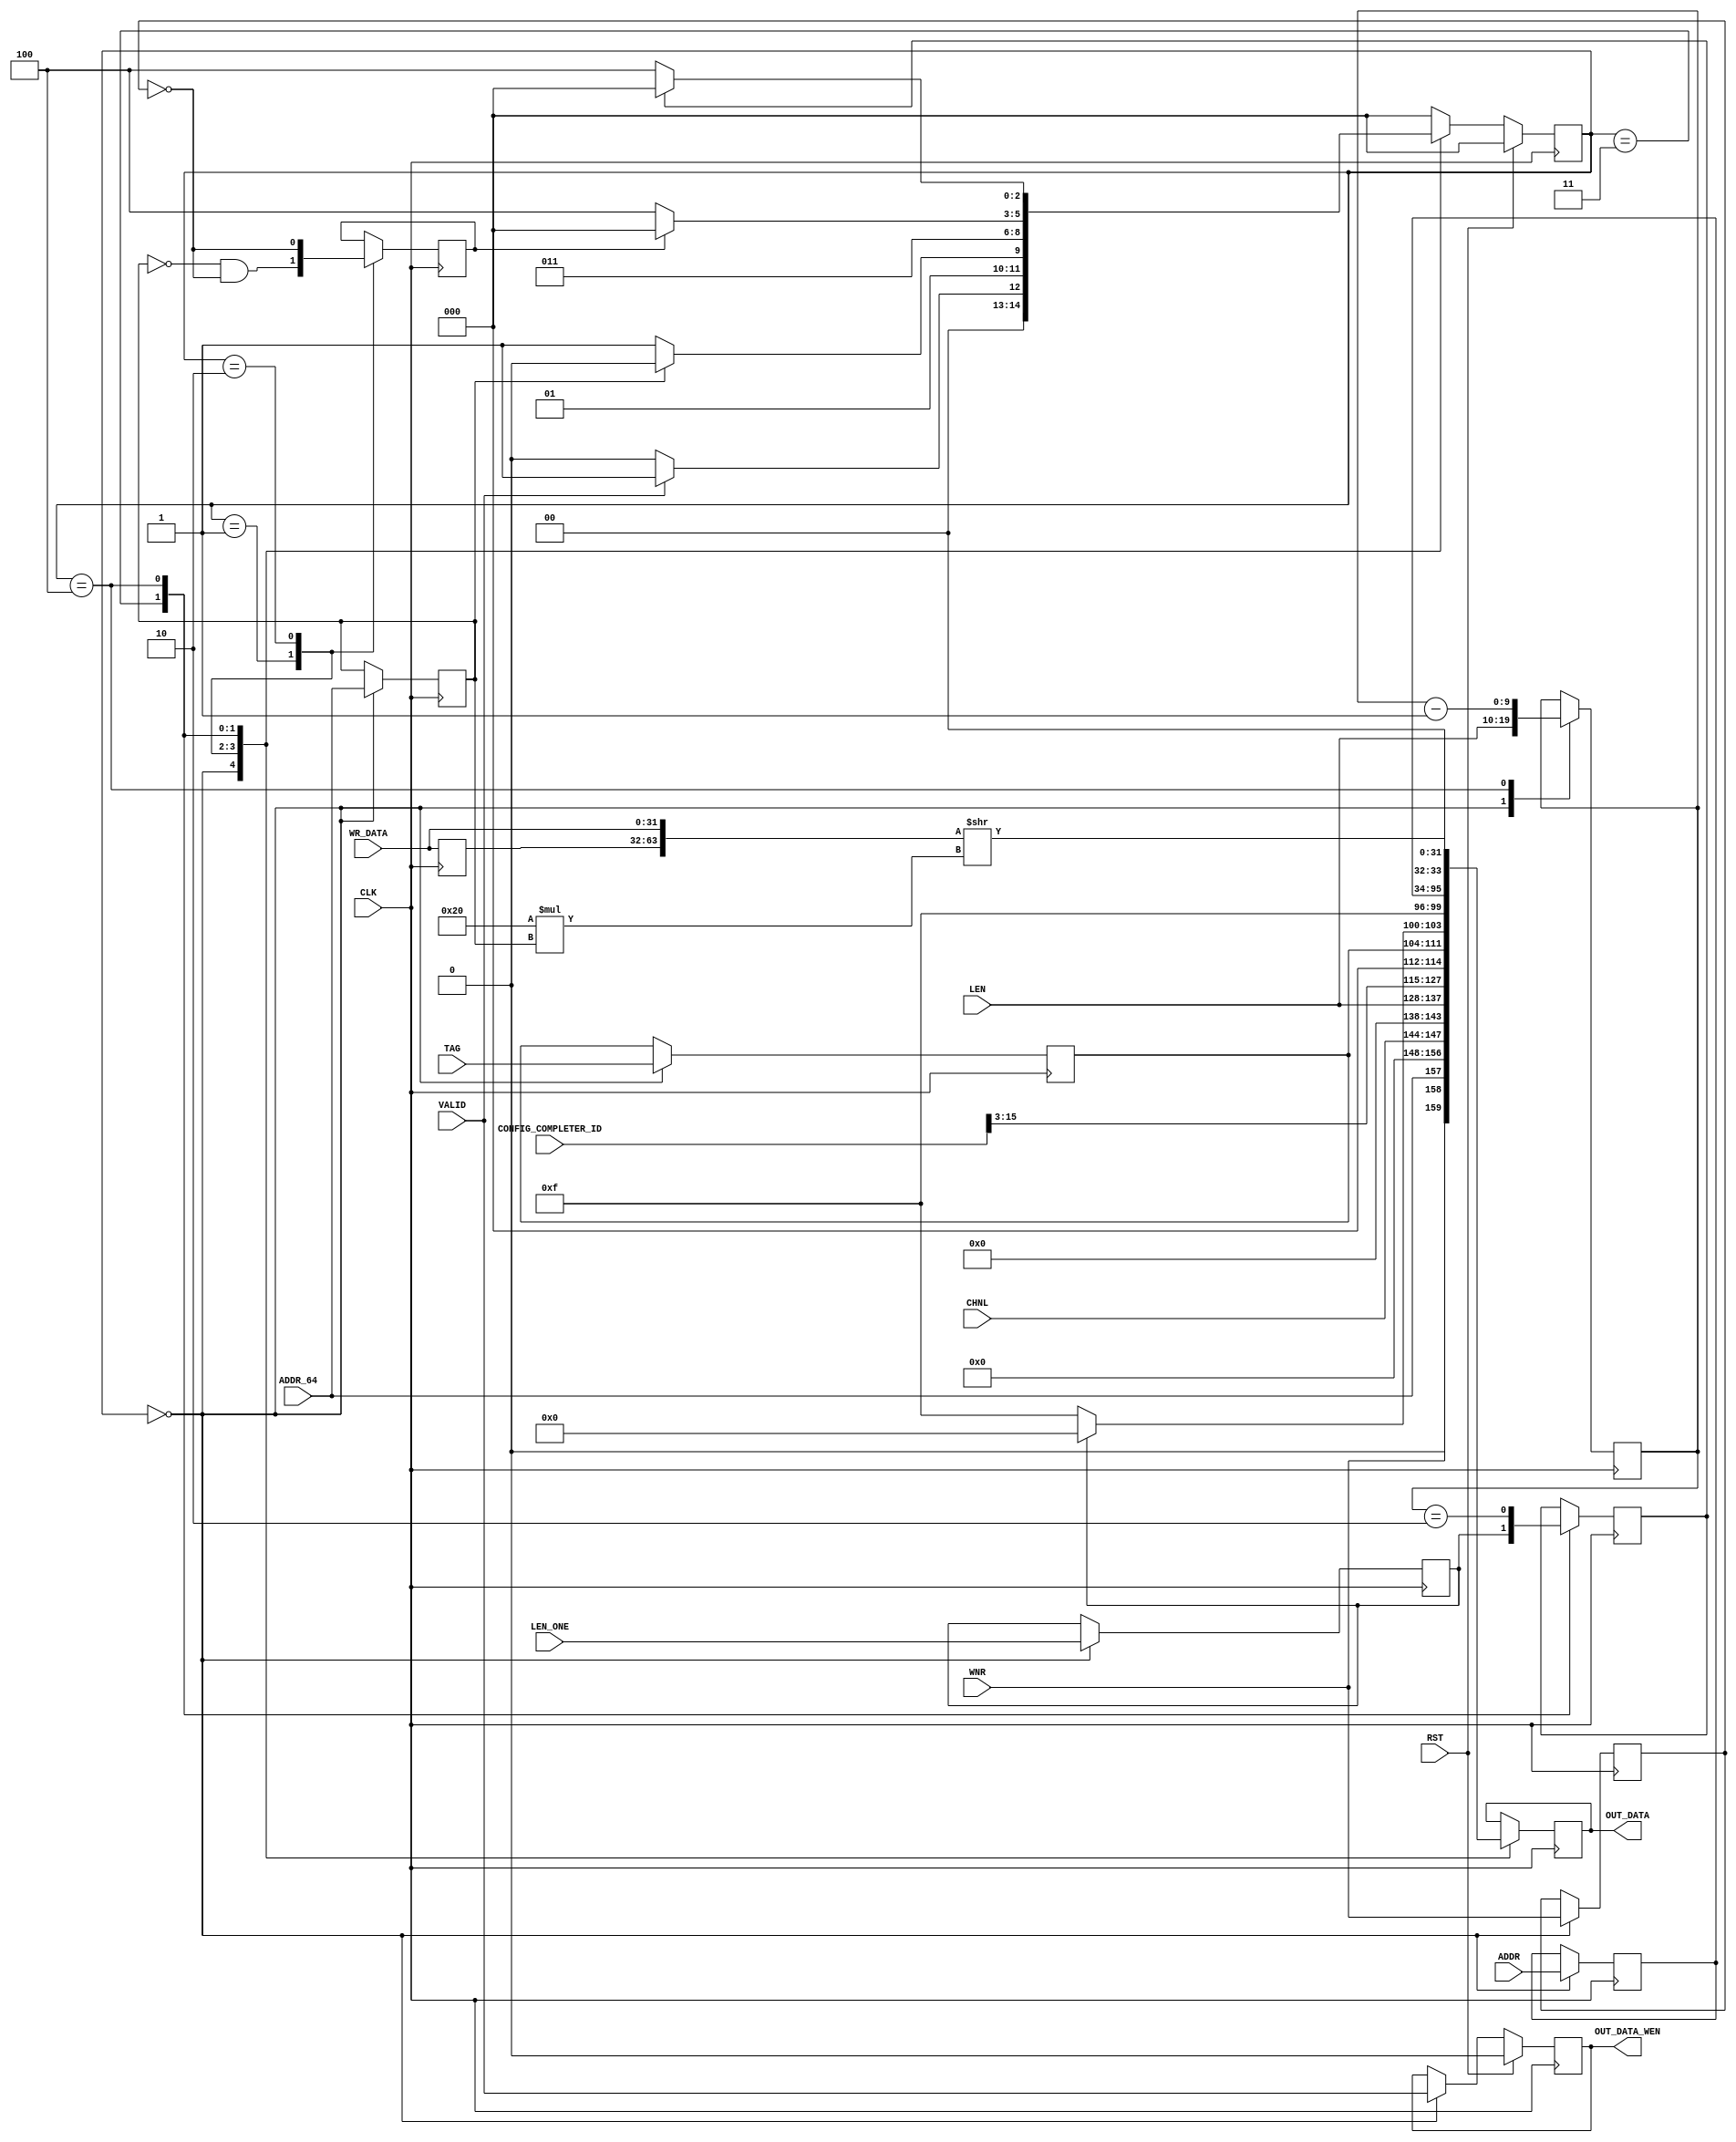
`timescale 1ns/1ns
//----------------------------------------------------------------------------
// This software is Copyright  2012 The Regents of the University of 
// California. All Rights Reserved.
//
// Permission to copy, modify, and distribute this software and its 
// documentation for educational, research and non-profit purposes, without 
// fee, and without a written agreement is hereby granted, provided that the 
// above copyright notice, this paragraph and the following three paragraphs 
// appear in all copies.
//
// Permission to make commercial use of this software may be obtained by 
// contacting:
// Technology Transfer Office
// 9500 Gilman Drive, Mail Code 0910
// University of California
// La Jolla, CA 92093-0910
// (858) 534-5815
// invent@ucsd.edu
// 
// This software program and documentation are copyrighted by The Regents of 
// the University of California. The software program and documentation are 
// supplied "as is", without any accompanying services from The Regents. The 
// Regents does not warrant that the operation of the program will be 
// uninterrupted or error-free. The end-user understands that the program was 
// developed for research purposes and is advised not to rely exclusively on 
// the program for any reason.
// 
// IN NO EVENT SHALL THE UNIVERSITY OF CALIFORNIA BE LIABLE TO
// ANY PARTY FOR DIRECT, INDIRECT, SPECIAL, INCIDENTAL, OR
// CONSEQUENTIAL DAMAGES, INCLUDING LOST PROFITS, ARISING
// OUT OF THE USE OF THIS SOFTWARE AND ITS DOCUMENTATION,
// EVEN IF THE UNIVERSITY OF CALIFORNIA HAS BEEN ADVISED OF
// THE POSSIBILITY OF SUCH DAMAGE. THE UNIVERSITY OF
// CALIFORNIA SPECIFICALLY DISCLAIMS ANY WARRANTIES,
// INCLUDING, BUT NOT LIMITED TO, THE IMPLIED WARRANTIES OF
// MERCHANTABILITY AND FITNESS FOR A PARTICULAR PURPOSE.
// THE SOFTWARE PROVIDED HEREUNDER IS ON AN "AS IS" BASIS, 
// AND THE UNIVERSITY OF CALIFORNIA HAS NO OBLIGATIONS TO
// PROVIDE MAINTENANCE, SUPPORT, UPDATES, ENHANCEMENTS, OR
// MODIFICATIONS.
//----------------------------------------------------------------------------
//----------------------------------------------------------------------------
// Version:				1.00.a
// Verilog Standard:	Verilog-2001
// Description:			Formats read and write request data into PCI packets.
// History:				@mattj: Version 2.0
// Additional Comments: Very good PCIe header reference:
// http://www.pzk-agro.com/0321156307_ch04lev1sec5.html#ch04lev4sec14
//-----------------------------------------------------------------------------
`define FMT_TXENGFMTR32_WR32	7'b10_00000
`define FMT_TXENGFMTR32_RD32	7'b00_00000
`define FMT_TXENGFMTR32_WR64	7'b11_00000
`define FMT_TXENGFMTR32_RD64	7'b01_00000

`define S_TXENGFMTR32_IDLE		3'd0
`define S_TXENGFMTR32_HDR_0		3'd1
`define S_TXENGFMTR32_HDR_1		3'd2
`define S_TXENGFMTR32_HDR_2		3'd3
`define S_TXENGFMTR32_WR		3'd4

module tx_engine_formatter_32 #(
	parameter C_PCI_DATA_WIDTH = 9'd32,
	// Local parameters
	parameter C_TRAFFIC_CLASS = 3'b0,
	parameter C_RELAXED_ORDER = 1'b0,
	parameter C_NO_SNOOP = 1'b0
)
(
	input CLK,
	input RST,
	input [15:0] CONFIG_COMPLETER_ID,

	input VALID,		 					// Are input parameters valid?
	input WNR,		 						// Is a write request, not a read?
	input [7:0] TAG,		 				// External tag
	input [3:0] CHNL,		 				// Internal tag (just channel portion)
	input [61:0] ADDR,		 				// Request address
	input ADDR_64,		 					// Request address is 64 bit
	input [9:0] LEN,		 				// Request length
	input LEN_ONE,		 					// Request length equals 1
	input [C_PCI_DATA_WIDTH-1:0] WR_DATA,	// Request data, timed to arrive accordingly

	output [C_PCI_DATA_WIDTH-1:0] OUT_DATA,	// Formatted PCI packet data
	output OUT_DATA_WEN 					// Write enable for formatted packet data
);

reg		[2:0]						rState=`S_TXENGFMTR32_IDLE, _rState=`S_TXENGFMTR32_IDLE;
reg		[61:0]						rAddr=62'd0, _rAddr=62'd0;
reg									rAddr64=0, _rAddr64=0;
reg		[C_PCI_DATA_WIDTH-1:0]		rData={C_PCI_DATA_WIDTH{1'd0}}, _rData={C_PCI_DATA_WIDTH{1'd0}};
reg		[C_PCI_DATA_WIDTH-1:0]		rPrevData={C_PCI_DATA_WIDTH{1'd0}}, _rPrevData={C_PCI_DATA_WIDTH{1'd0}};
reg									rDataWen=0, _rDataWen=0;
reg		[9:0]						rLen=0, _rLen=0;
reg									rLenEQ1=0, _rLenEQ1=0;
reg									rWNR=0, _rWNR=0;
reg		[7:0]						rTag=0, _rTag=0;
reg									rInitDone=0, _rInitDone=0;
reg									rDone=0, _rDone=0;


assign OUT_DATA = rData;
assign OUT_DATA_WEN = rDataWen;


// Format read and write requests into PCIe packets.
wire [31:0] wData = ({rPrevData, WR_DATA}>>(32*rAddr64));
always @ (posedge CLK) begin
	rState <= #1 (RST ? `S_TXENGFMTR32_IDLE : _rState);
	rDataWen <= #1 (RST ? 1'd0 : _rDataWen);
	rData <= #1 _rData;
	rLen <= #1 _rLen;
	rAddr <= #1 _rAddr;
	rAddr64 <= #1 _rAddr64;
	rWNR <= #1 _rWNR;
	rTag <= #1 _rTag;
	rLenEQ1 <= #1 _rLenEQ1;
	rInitDone <= #1 _rInitDone;
	rDone <= #1 _rDone;
	rPrevData <= #1 _rPrevData;
end

always @ (*) begin
	_rState = rState;
	_rLen = rLen;
	_rData = rData;
	_rDataWen = rDataWen;
	_rAddr64 = rAddr64;
	_rAddr = rAddr;
	_rWNR = rWNR;
	_rTag = rTag;
	_rLenEQ1 = rLenEQ1;
	_rInitDone = rInitDone;
	_rDone = rDone;
	
	_rPrevData = WR_DATA;
	
	case (rState) 

	`S_TXENGFMTR32_IDLE : begin
		_rLen = LEN;
		_rAddr64 = ADDR_64;
		_rAddr = ADDR;
		_rWNR = WNR;
		_rTag = TAG;
		_rLenEQ1 = LEN_ONE;
		_rData = {1'b0, {WNR, ADDR_64, 5'd0}, 1'b0, C_TRAFFIC_CLASS, CHNL, 1'b0, 1'b0, // Use the reserved 4 bits before traffic class to hide the internal tag  
					C_RELAXED_ORDER, C_NO_SNOOP, 2'b0, LEN};
		_rDataWen = VALID;
		_rState = (VALID ? `S_TXENGFMTR32_HDR_0 : `S_TXENGFMTR32_IDLE);
	end

	`S_TXENGFMTR32_HDR_0 : begin
		_rData = {CONFIG_COMPLETER_ID[15:3], 3'b0, rTag,
					(rLenEQ1 ? 4'b0 : 4'b1111), 4'b1111};
		_rInitDone = (!rAddr64 & !rWNR);
		_rState = (rAddr64 ? `S_TXENGFMTR32_HDR_1 : `S_TXENGFMTR32_HDR_2);
	end

	`S_TXENGFMTR32_HDR_1 : begin
		_rData = rAddr[61:30];
		_rInitDone = !rWNR;
		_rState = `S_TXENGFMTR32_HDR_2;
	end

	`S_TXENGFMTR32_HDR_2 : begin // FIFO data should be available now (if it's a write)
		_rData = {rAddr[29:0], 2'b00};
		_rDone = rLenEQ1;
		_rState = (rInitDone ? `S_TXENGFMTR32_IDLE : `S_TXENGFMTR32_WR);
	end

	`S_TXENGFMTR32_WR : begin 
		_rLen = rLen - 1'd1;
		_rData = wData;
		_rDone = (rLen == 2'd2);
		_rState = (rDone ? `S_TXENGFMTR32_IDLE : `S_TXENGFMTR32_WR);
	end

	default : begin
		_rState = `S_TXENGFMTR32_IDLE;
	end

	endcase
end

endmodule